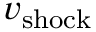
\boldsymbol { v } _ { \mathrm { s h o c k } }